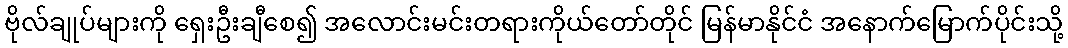
ဗိုလ်ချုပ်များကို ရှေးဦးချီစေ၍ အလောင်းမင်းတရားကိုယ်တော်တိုင် မြန်မာနိုင်ငံ အနောက်မြောက်ပိုင်းသို့